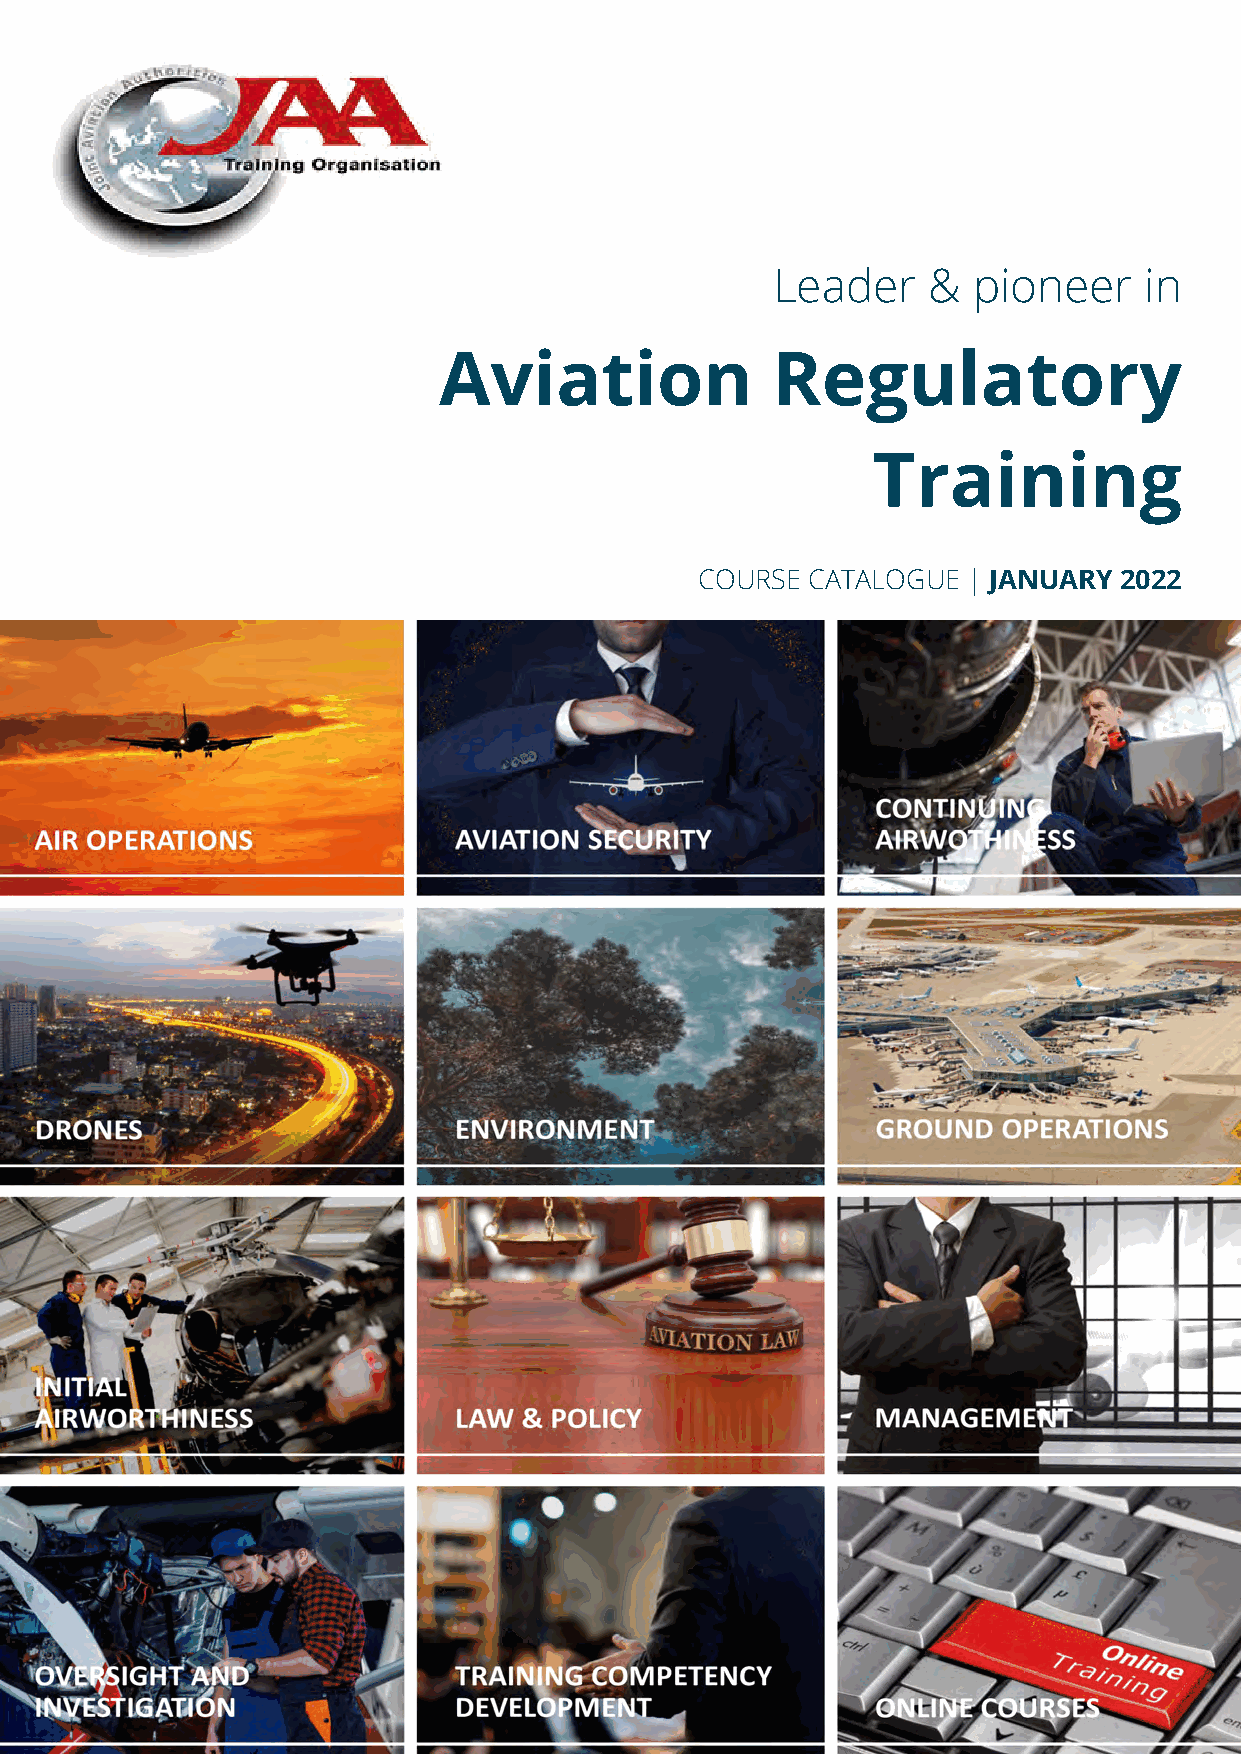
Leader    &  pioneer     in
 Aviation              Regulatory
 Training
 COURSE CATALOGUE  | JANUARY 2022